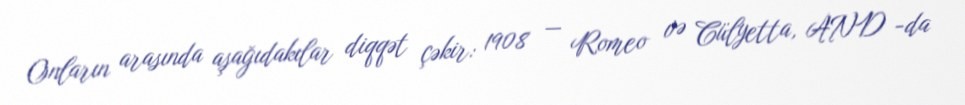
Onların arasında aşağıdakılar diqqət çəkir: 1908 — Romeo və Cülyetta, AND -da